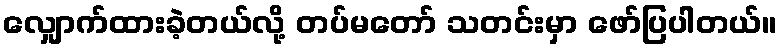
လျှောက်ထားခဲ့တယ်လို့ တပ်မတော် သတင်းမှာ ဖော်ပြပါတယ်။